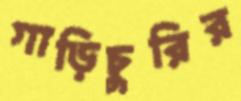
গাড়িচুরির